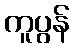
ကူပွန်